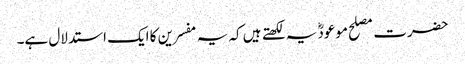
حضرت مصلح موعودؓ یہ لکھتے ہیں کہ یہ مفسرین کا ایک استدلال ہے۔